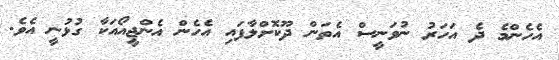
އެހެންމެ ދެ އަހަރު ނުވަނީސް އެތަން ދޫކޮށްލާފައި އެހެން އެންޖީއޯއަކާ ގުޅުނީ އެވެ.